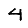
Digit: 4